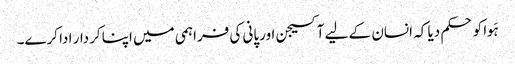
ہَوا کو حکم دیا کہ انسان کے لیے آکسیجن اورپانی کی فراہمی میں اپنا کردار ادا کرے۔